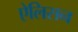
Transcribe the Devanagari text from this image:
ऐलिसन